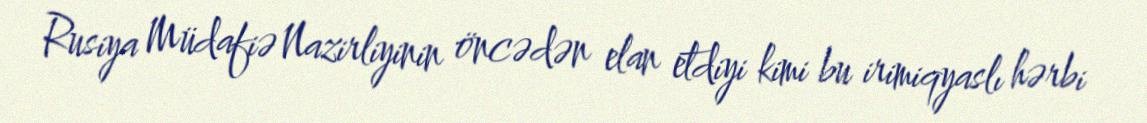
Rusiya Müdafiə Nazirliyinin öncədən elan etdiyi kimi bu irimiqyaslı hərbi